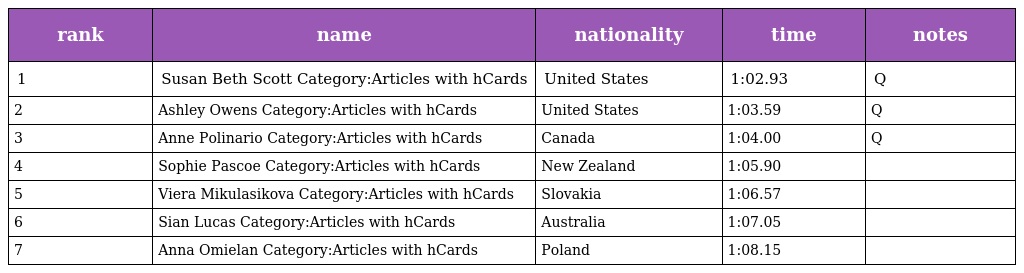
| rank | name | nationality | time | notes |
 | --- | --- | --- | --- | --- |
 | 1 | Susan Beth Scott Category:Articles with hCards | United States | 1:02.93 | Q |
 | 2 | Ashley Owens Category:Articles with hCards | United States | 1:03.59 | Q |
 | 3 | Anne Polinario Category:Articles with hCards | Canada | 1:04.00 | Q |
 | 4 | Sophie Pascoe Category:Articles with hCards | New Zealand | 1:05.90 |  |
 | 5 | Viera Mikulasikova Category:Articles with hCards | Slovakia | 1:06.57 |  |
 | 6 | Sian Lucas Category:Articles with hCards | Australia | 1:07.05 |  |
 | 7 | Anna Omielan Category:Articles with hCards | Poland | 1:08.15 |  |